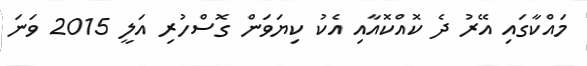
މައްކާގައި އޭރު ދެ ކޮއްކޮއާއި އެކު ކިޔަވަން ގޮސްހުރި އަލީ 2015 ވަނަ